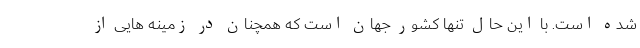
شده است. با این حال تنها کشور جهان است که همچنان در زمینه هایی از